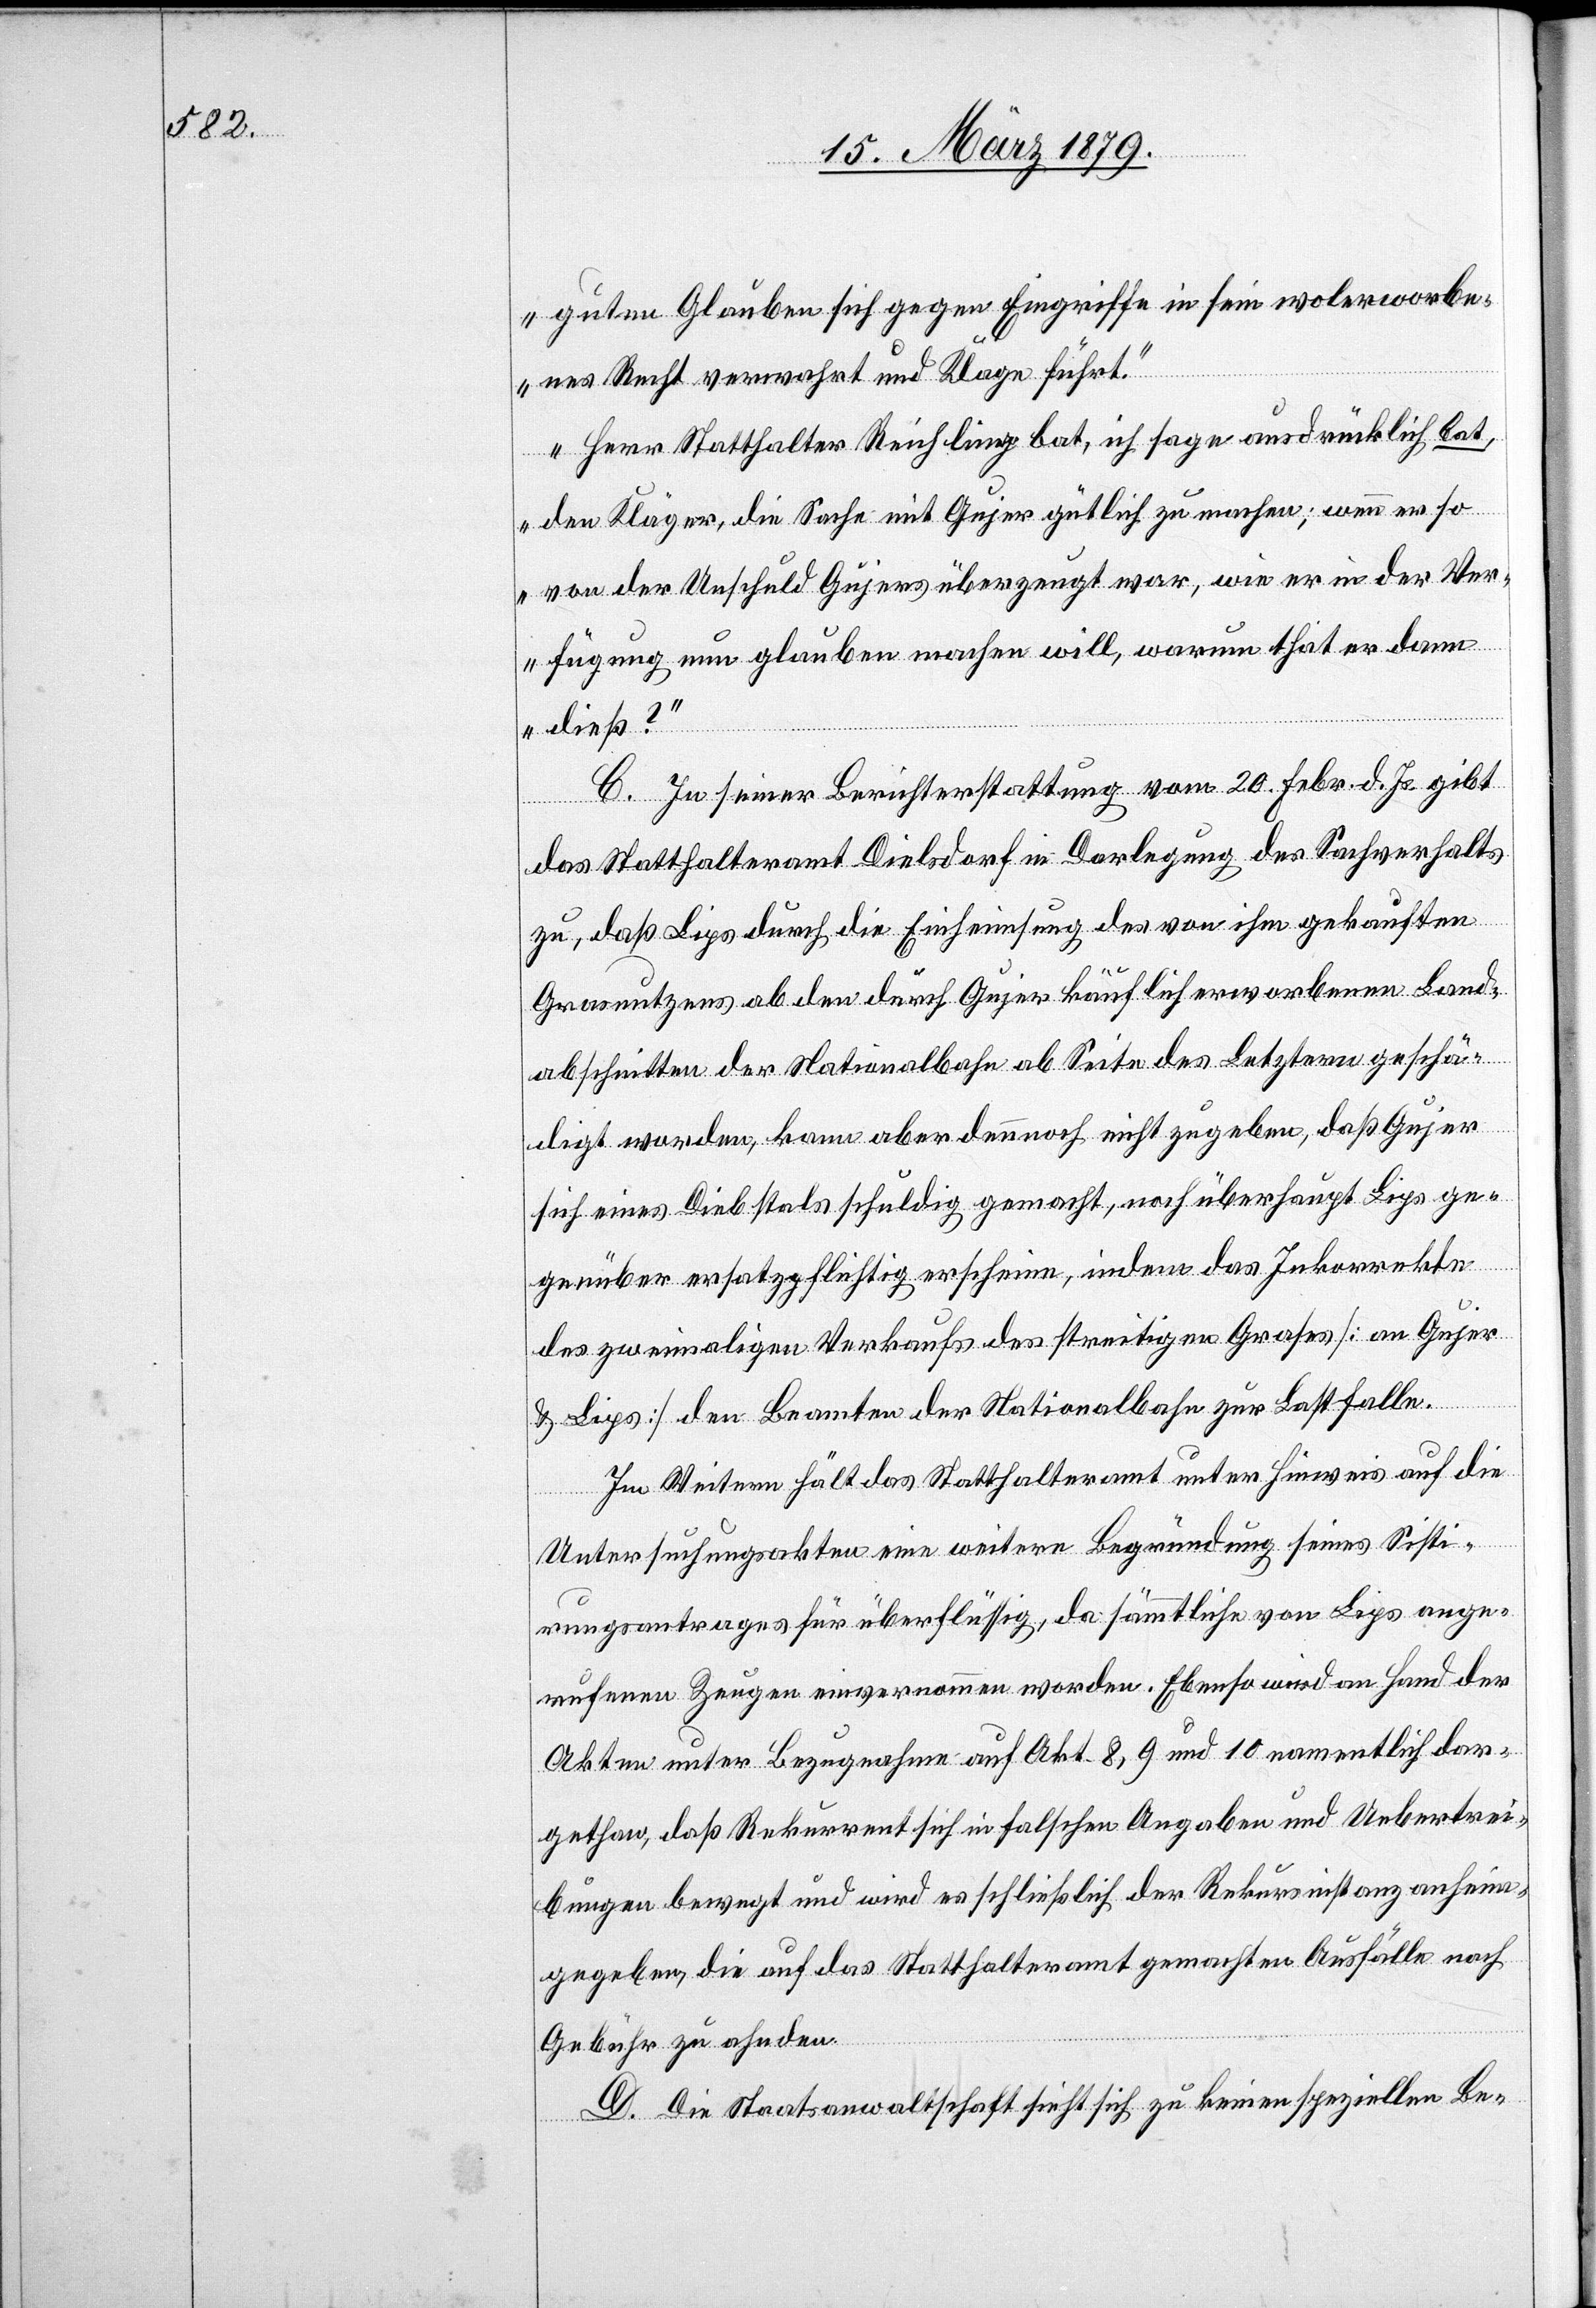
guten Glauben sich gegen Eingriffe in sein wolerworbe¬
nes Recht verwahrt und Klage führt.
Herr Statthalter Reichling bat, ich sage ausdrücklich bat,
den Kläger, die Sache mit Gujer gütlich zu machen; wenn er so
von der Unschuld Gujers überzeugt war, wie er in der Ver¬
fügung nun glauben machen will, warum that er dann
dieß?“
C. In seiner Berichterstattung vom 20. Febr. d. Js. gibt
das Statthalteramt Dielsdorf in Darlegung des Sachverhalts
zu, daß Lips durch die Einheimsung des von ihm gekauften
Grasnutzens ab den durch Gujer käuflich erworbenen Land¬
abschnitten der Nationalbahn ab Seite des Letztern geschä¬
digt worden, kann aber dennoch nicht zugeben, daß Gujer
sich eines Diebstals schuldig gemacht, noch überhaupt Lips ge¬
genüber ersatzpflichtig erscheine, indem das Inkorrekte
des zweimaligen Verkaufs des streitigen Grases [an Gujer
& Lips] den Beamten der Nationalbahn zur Last falle.
Im Weitern hält das Statthalteramt unter Hinweis auf die
Untersuchungsakten eine weitere Begründung seines Sisti¬
rungsantrages für überflüssig, da sämmtliche von Lips ange¬
rufenen Zeugen einvernommen worden. Ebenso wird an Hand der
Akten unter Bezugnahme auf Akt. 8, 9 und 10 namentlich dar¬
gethan, daß Rekurrent sich in falschen Angaben und Uebertrei¬
bungen bewegt und wird es schließlich der Rekursinstanz anheim¬
gegeben, die auf das Statthalteramt gemachten Ausfälle nach
Gebühr zu ahnden.
D. Die Staatsanwaltschaft sieht sich zu keinen speziellen Be-